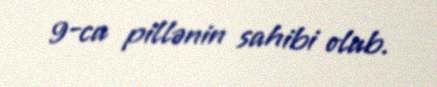
9-cu pillənin sahibi olub.